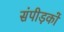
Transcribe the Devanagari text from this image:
संपीड़कों